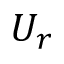
U _ { r }